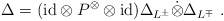
\begin{align*}\Delta=({\rm id}\otimes P^\otimes \otimes{\rm id})\Delta_{L^\pm}\dot{\otimes}\Delta_{L^\mp}~.\end{align*}